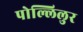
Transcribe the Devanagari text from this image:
पोल्लिलुर